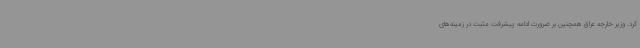
کرد. وزیر خارجه عراق همچنین بر ضرورت ادامه پیشرفت مثبت در زمینه‌های